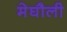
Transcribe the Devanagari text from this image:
मेघौली